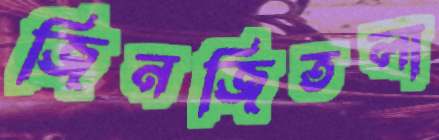
জিনজিতলা